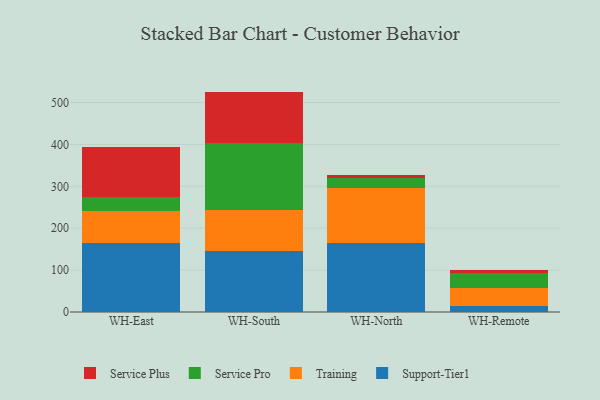
{"axis": {"x": "Warehouse", "y": "Gross Profit (USD K)"}, "legend": ["Service Plus", "Service Pro", "Support-Tier1", "Training"], "data": [{"x": "WH-East", "y": 163.8, "type": "Support-Tier1"}, {"x": "WH-East", "y": 77.7, "type": "Training"}, {"x": "WH-East", "y": 33.0, "type": "Service Pro"}, {"x": "WH-East", "y": 118.9, "type": "Service Plus"}, {"x": "WH-South", "y": 145.9, "type": "Support-Tier1"}, {"x": "WH-South", "y": 98.3, "type": "Training"}, {"x": "WH-South", "y": 159.5, "type": "Service Pro"}, {"x": "WH-South", "y": 122.4, "type": "Service Plus"}, {"x": "WH-North", "y": 165.9, "type": "Support-Tier1"}, {"x": "WH-North", "y": 131.2, "type": "Training"}, {"x": "WH-North", "y": 23.9, "type": "Service Pro"}, {"x": "WH-North", "y": 6.5, "type": "Service Plus"}, {"x": "WH-Remote", "y": 15.4, "type": "Support-Tier1"}, {"x": "WH-Remote", "y": 40.8, "type": "Training"}, {"x": "WH-Remote", "y": 38.0, "type": "Service Pro"}, {"x": "WH-Remote", "y": 5.1, "type": "Service Plus"}]}